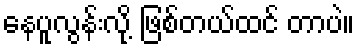
နေပူလွန်းလို့ ဖြစ်တယ်ထင် တာပဲ။